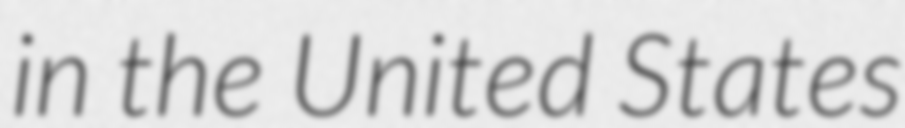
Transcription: in the United States